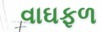
વાઘફળ